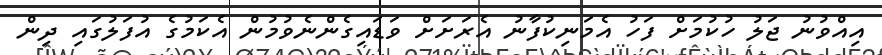
އިއްވުނު ޖަލު ހުކުމަށް ފަހު އެމަނިކުފާނު އެރަށަށް ވަޑައިގެންނެވުމުން އެކަމުގެ އުފަލުގައި ދިން